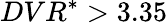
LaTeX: {DVR}^{*}>3.35